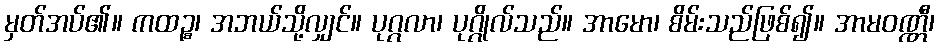
မှတ်အပ်၏။ ကထဉ္စ၊ အဘယ်သို့လျှင်။ ပုဂ္ဂလာ၊ ပုဂ္ဂိုလ်သည်။ အာမော၊ စိမ်းသည်ဖြစ်၍။ အာမဝဏ္ဏီ၊